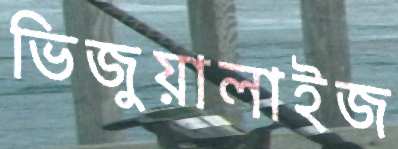
ভিজুয়ালাইজ